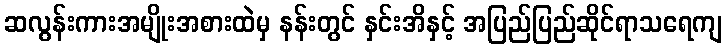
ဆလွန်းကားအမျိုးအစားထဲမှ နန်းတွင် နှင်းအိနှင့် အပြည်ပြည်ဆိုင်ရာသရေကျ